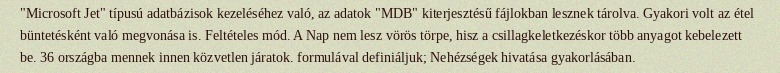
"Microsoft Jet" típusú adatbázisok kezeléséhez való, az adatok "MDB" kiterjesztésű fájlokban lesznek tárolva. Gyakori volt az étel büntetésként való megvonása is. Feltételes mód. A Nap nem lesz vörös törpe, hisz a csillagkeletkezéskor több anyagot kebelezett be. 36 országba mennek innen közvetlen járatok. formulával definiáljuk; Nehézségek hivatása gyakorlásában.